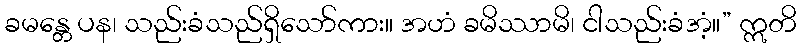
ခမန္တေ ပန၊ သည်းခံသည်ရှိသော်ကား။ အဟံ ခမိဿာမိ၊ ငါသည်းခံအံ့။” ဣတိ